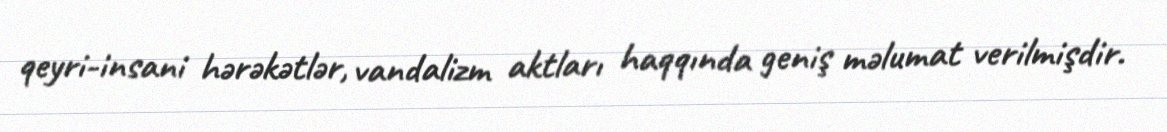
qeyri-insani hərəkətlər, vandalizm aktları haqqında geniş məlumat verilmişdir.